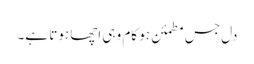
دل جس مطمئن ہو کام وہی اچھا ہوتا ہے۔